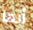
أنها